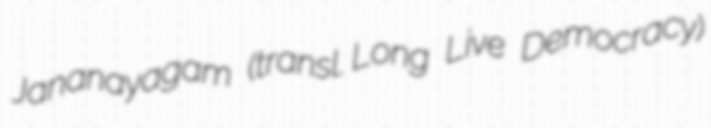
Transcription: Jananayagam (transl. Long Live Democracy)